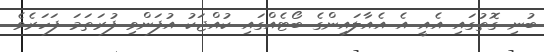
ބުނި ގޮތުގައި އެއީ އެ އެއާލައިންގެ ބޯޓެއްގައި ކުއްޖަކު އުފަންވި ފުރަތަމަ ފަހަރެވެ.